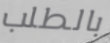
بالطلب